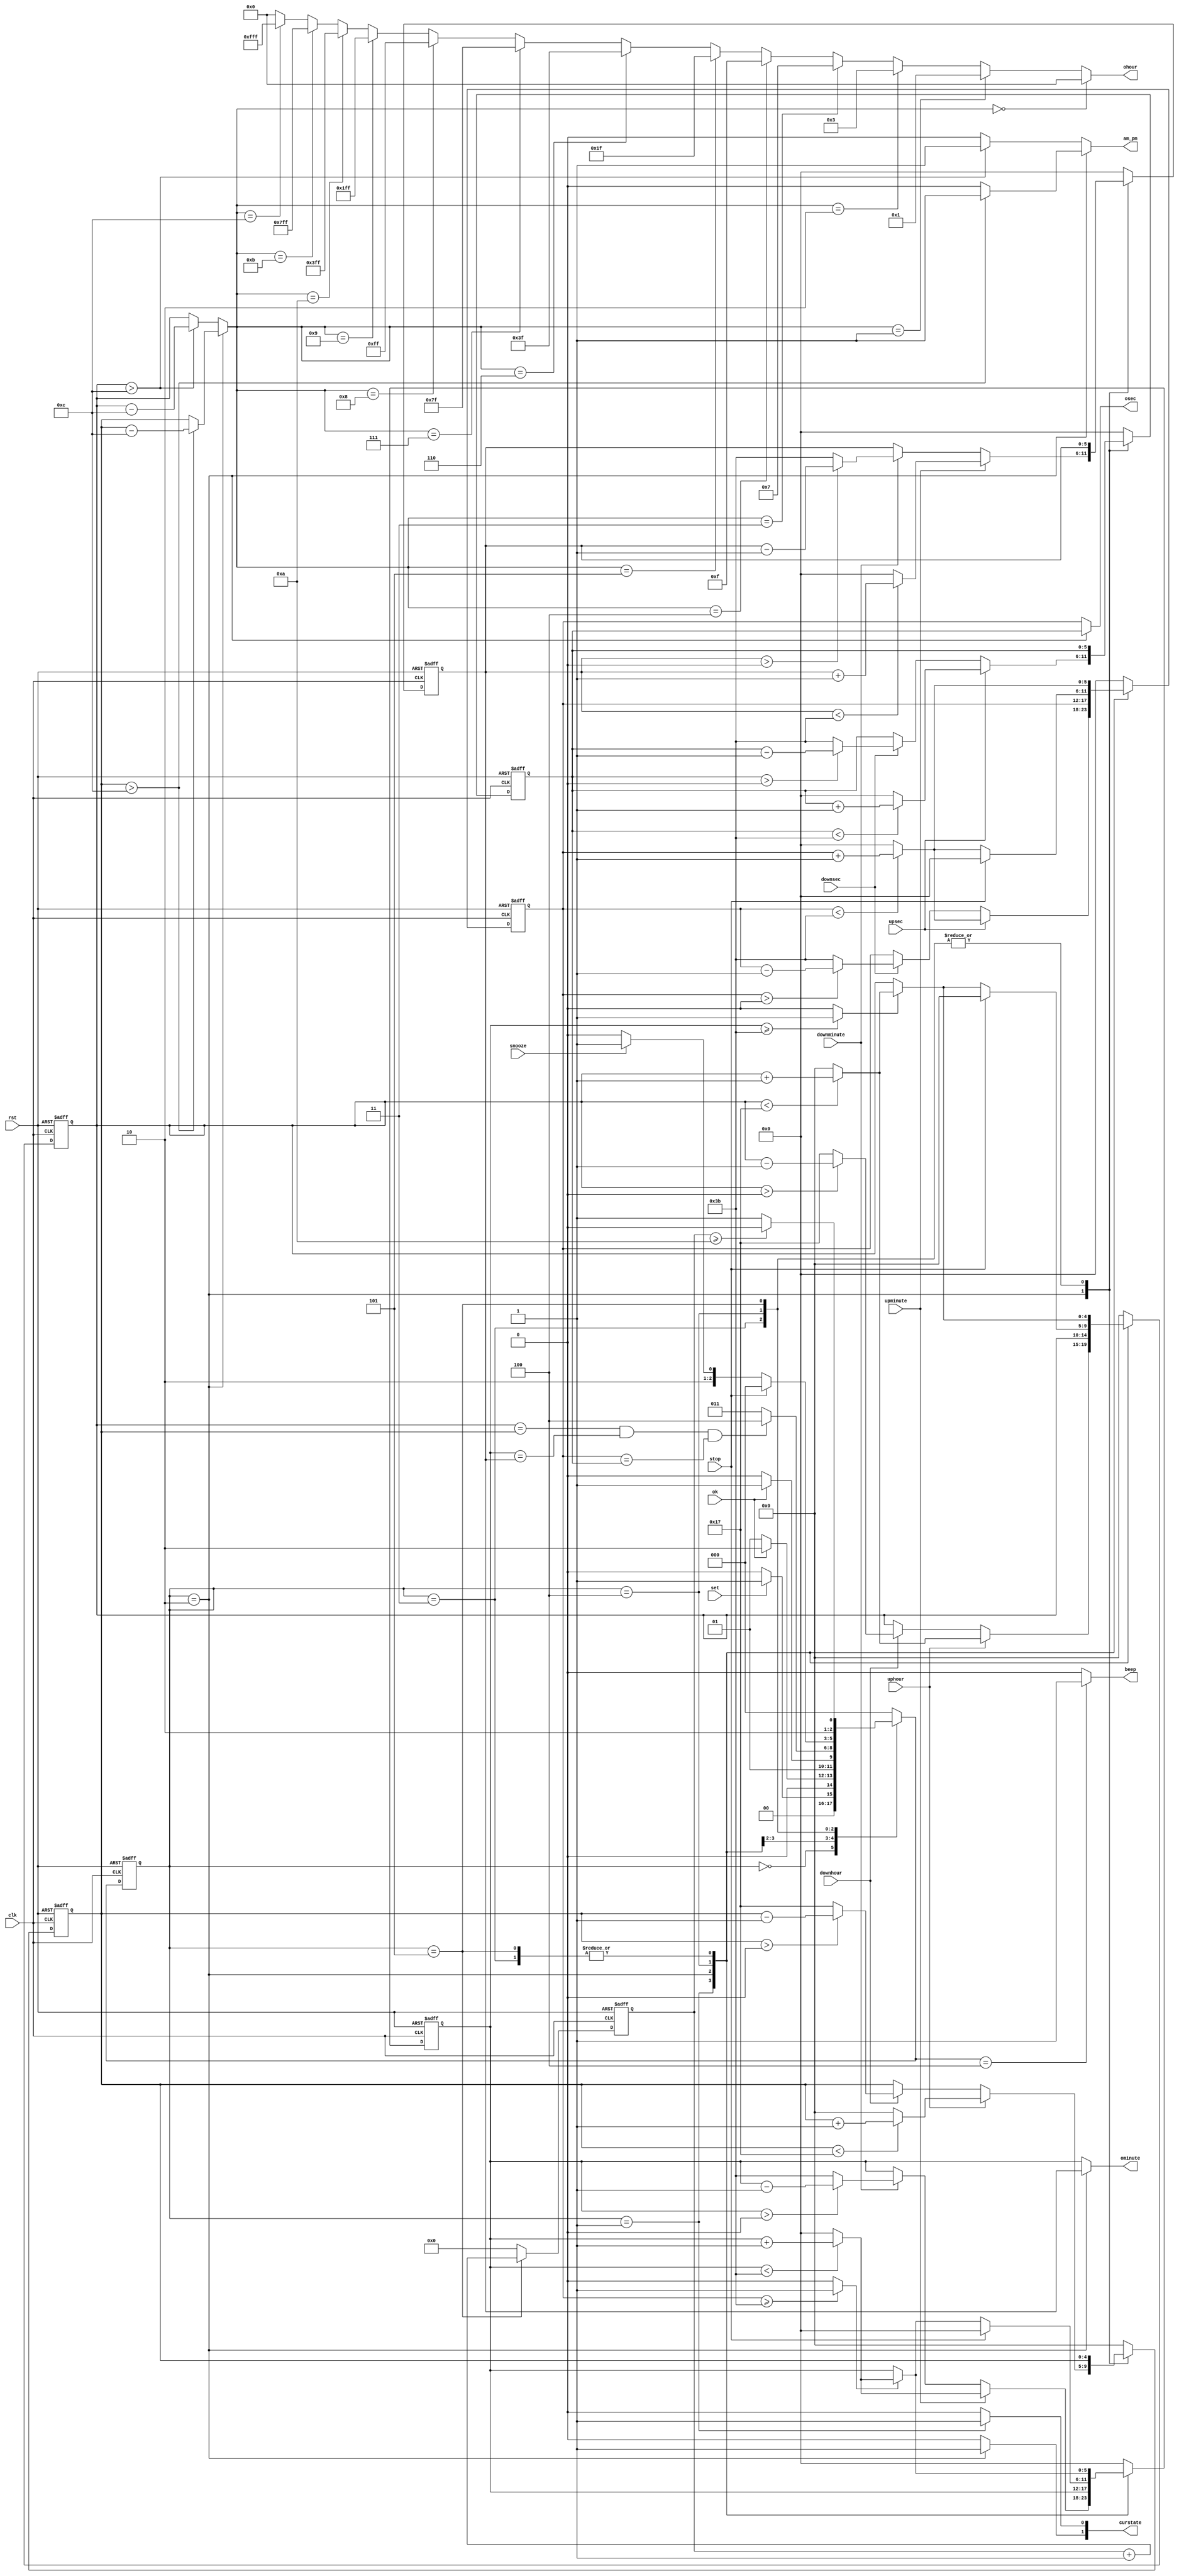
module alarm(
    output [11:0]ohour,
    output am_pm,
    output [5:0]ominute,
    output [5:0]osec,
    output beep,
    output [1:0]curstate,
    input clk,
    input rst,
    input set,
    input uphour,
    input downhour,
    input upminute,
    input downminute,
    input upsec,
    input downsec,
    input ok,
    input stop,
    input snooze
    );


    parameter IDLE = 0;
    parameter TIMESET = 1;
    parameter ALARMSET = 2;
    parameter COUNT = 3;
    parameter RING = 4;
    parameter SNOOZE = 5;

    reg [2:0] state, nextstate;


    reg [4:0] hour, nexthour;
    reg [5:0] minute, sec, nextminute, nextsec;
    wire [4:0]tmphour;



    reg [4:0] ahour, nextahour;
    reg [5:0] aminute, asec, nextaminute, nextasec;


    wire minutecarry;
    wire hourcarry;
    reg [3:0]snoozecount;


    assign minutecarry = ( sec >= 59 ) ? 1 : 0;
    assign hourcarry = ( minute >= 59 ) ? 1 : 0;
    assign tmphour = ( state == ALARMSET ) ?  ( ahour > 12 ) ? ahour - 12 : ahour :
                                                  ( hour > 12 ) ? hour - 12 : hour;
    assign am_pm = (state == ALARMSET ) ?  ( ahour > 12 ) ? 1 : 0 :
                                           ( hour > 12 ) ? 1 : 0;
    assign ohour = ( tmphour == 0 ) ? 12'b000000000000:
                       ( tmphour == 1 ) ? 12'b000000000001:
                       ( tmphour == 2 ) ? 12'b000000000011:
                       ( tmphour == 3 ) ? 12'b000000000111:
                       ( tmphour == 4 ) ? 12'b000000001111:
                       ( tmphour == 5 ) ? 12'b000000011111:
                       ( tmphour == 6 ) ? 12'b000000111111:
                       ( tmphour == 7 ) ? 12'b000001111111:
                       ( tmphour == 8 ) ? 12'b000011111111:
                       ( tmphour == 9 ) ? 12'b000111111111:
                       ( tmphour == 10 ) ? 12'b001111111111:
                       ( tmphour == 11 ) ? 12'b011111111111:
                       ( tmphour == 12 ) ? 12'b111111111111: 0;
   assign ominute = ( state == ALARMSET ) ? aminute : minute;
   assign osec = ( state == ALARMSET ) ? asec : sec;
   assign curstate[0] = ( state == TIMESET ) ? 1 : 0;
   assign curstate[1] = ( state == ALARMSET ) ? 1 : 0;
   assign beep = ( nextstate == RING ) ? 1 : 0;

    always@ ( posedge clk, posedge rst ) begin
        if( rst ) begin
            state <= IDLE;
            hour <= 0;
            ahour <= 0;
            minute <= 0;
            aminute <= 0;
            sec <= 0;
            asec <= 0;
            snoozecount <= 0;
        end
        else begin
            state <= nextstate;
            hour <= nexthour;
            ahour <= nextahour;
            minute <= nextminute;
            aminute <= nextaminute;
            sec <= nextsec;
            asec <= nextasec;
            snoozecount = ( state == SNOOZE ) ? snoozecount + 1 : 0;
        end


    end

    always @(*)begin
        case ( state )

            IDLE :begin
            nextstate = ( set ) ? TIMESET : IDLE;
            nexthour = 0;
            nextahour = 0;
            nextminute = 0;
            nextaminute = 0;
            nextsec = 0;
            nextasec = 0;
            end

            TIMESET :begin
            nextstate = ( ok ) ? ALARMSET : TIMESET;
            nexthour = ( uphour ) ? ( hour < 23 ) ? hour + 1 : 0 :
                        ( downhour ) ? ( hour > 0 ) ? hour - 1 : 23 :
                        hour;
            nextahour = 0;
            nextminute = ( upminute ) ? ( minute <  59) ? minute + 1 : 0 :
                         ( downminute ) ? ( minute > 0 ) ? minute - 1 : 59 :
                         minute;
            nextaminute = 0;
            nextsec = ( upsec ) ? ( sec < 59 ) ? sec + 1 : 0 :
                      ( downsec ) ? ( sec > 0 ) ? sec - 1 : 59 :
                      sec;
            nextasec = 0;
            end

            ALARMSET :begin
            nextstate = ( ok ) ? COUNT : ALARMSET;
            nexthour = hour;
            nextahour = ( uphour ) ? ( ahour < 23 ) ? ahour + 1 : 0 :
                                    ( downhour ) ? ( ahour > 0 ) ? ahour - 1 : 23 :
                                    ahour;
            nextminute = minute;
            nextaminute = ( upminute ) ? ( aminute <  59) ? aminute + 1 : 0 :
                                     ( downminute ) ? ( aminute > 0 ) ? aminute - 1 : 59 :
                                     aminute;
            nextsec = sec;
            nextasec = ( upsec ) ? ( asec < 59 ) ? asec + 1 : 0 :
                                  ( downsec ) ? ( asec > 0 ) ? asec - 1 : 59 :
                                  asec;
            end

            COUNT :begin
            nextstate = ( hour == ahour  && minute == aminute && sec == asec  ) ? RING : COUNT;
            nexthour = ( hourcarry ) ? ( hour < 23 ) ? hour + 1 : 0 :
                        hour;
            nextahour = ahour;
            nextminute = ( minutecarry ) ? ( minute < 59 ) ? minute + 1 : 0 :
                         minute;
            nextaminute = aminute;
            nextsec = ( sec < 59 ) ? sec + 1 : 0;
            nextasec = asec;
            end

            RING :begin
            nextstate = ( stop ) ? IDLE :
                        ( snooze) ? SNOOZE : RING;
            nexthour = ( stop ) ? 0 : ( hourcarry ) ? ( hour < 23 ) ? hour + 1 : 0 :
                        hour;
            nextahour = ahour;
            nextminute = ( stop ) ? 0 : ( minutecarry ) ? ( minute < 59 ) ? minute + 1 : 0 :
                        minute;
            nextaminute = aminute;
            nextsec = ( stop ) ? 0 : ( sec < 59 ) ? sec + 1 : 0;
            nextasec = asec;
            end

            SNOOZE :begin
            nextstate = ( snoozecount >= 10 ) ? RING : SNOOZE;
            nexthour = ( hourcarry ) ? ( hour < 23 ) ? hour + 1 : 0 :
                        hour;
            nextahour = ahour;
            nextminute = ( minutecarry ) ? ( minute < 59 ) ? minute + 1 : 0 :
                        minute;
            nextaminute = aminute;
            nextsec = ( sec < 59 ) ? sec + 1 : 0;
            nextasec = asec;
            end

            default :begin
            nextstate = IDLE;
            nexthour = 0;
            nextahour = 0;
            nextminute = 0;
            nextaminute = 0;
            nextsec = 0;
            nextasec = 0;
            end

       endcase

    end
endmodule